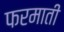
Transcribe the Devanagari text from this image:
फरमाती